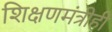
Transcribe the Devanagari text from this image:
शिक्षणमंत्रीही